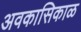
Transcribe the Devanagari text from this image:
अवकासिकाळ